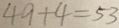
4 9 + 4 = 5 3